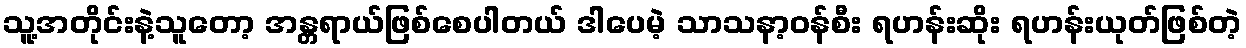
သူ့အတိုင်းနဲ့သူတော့ အန္တရာယ်ဖြစ်စေပါတယ် ဒါပေမဲ့ သာသနာ့ဝန်စီး ရဟန်းဆိုး ရဟန်းယုတ်ဖြစ်တဲ့